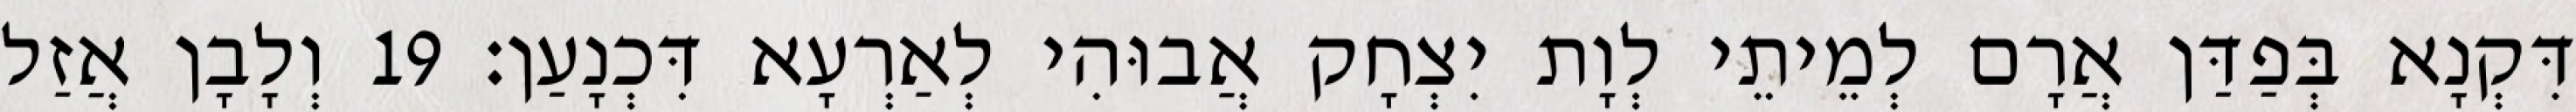
דִּקְנָא בְּפַדַּן אֲרָם לְמֵיתֵי לְוָת יִצְחָק אֲבוּהִי לְאַרְעָא דִּכְנָעַן׃ 19 וְלָבָן אֲזַל